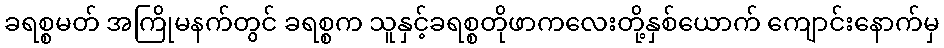
ခရစ္စမတ် အကြိုမနက်တွင် ခရစ္စက သူနှင့်ခရစ္စတိုဖာကလေးတို့နှစ်ယောက် ကျောင်းနောက်မှ